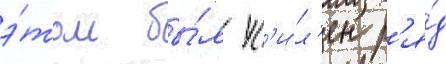
э́том бы́л ус'и́л'ен р'я́д